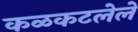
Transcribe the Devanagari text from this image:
कळकटलेले